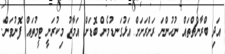
އަދި ބްރާންޗްތައް ނުހުންނަ ރަށްރަށަށް އަޅުގަނޑުމެން ބޮޑަށް އަމާޒު މިކުރަނީ ޓީމުތައް ފޮނުވަން.